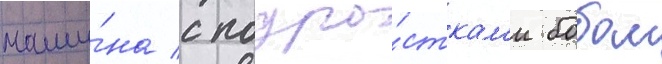
маши́на с подро́сткам'и бобом